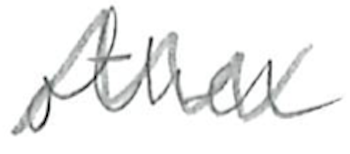
Text: other
Cross-out: zig-zag
Writing tool: pencil